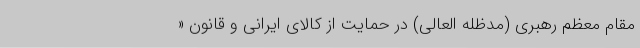
مقام معظم رهبری (مدظله العالی) در حمایت از کالای ایرانی و قانون «